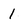
Character: 1